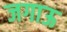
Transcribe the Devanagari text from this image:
जगाऊ